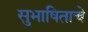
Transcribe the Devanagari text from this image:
सुभाषिताचे